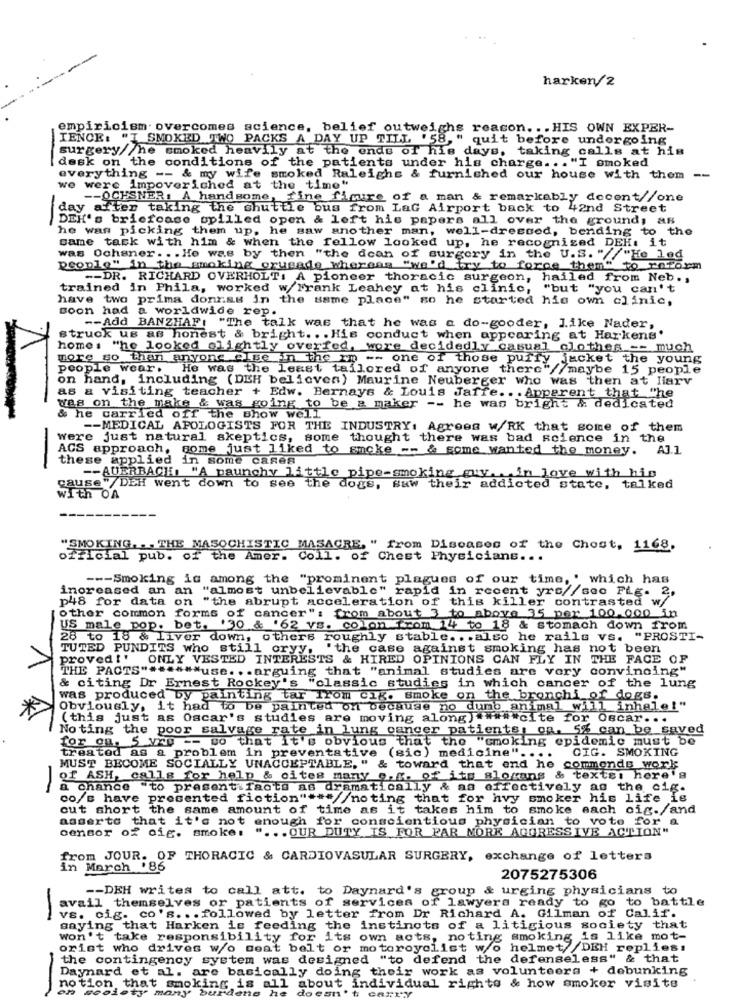
harken/2
empiricism overcomes science, belief outweighs reason ... HIS OWN EXPER-
IENCE: "I SMOKED TWO PACKS A DAY UP TILL '58, " quit before undergoing
surgery//he smoked heavily at the ends of his days, taking calls at his
.. "I smoked
desk on the conditions of the patients under his charge .. . "I
everything -- & my wife smoked Raleighs & furnished our house with them --
we were impoveriched at the time"
-- OCHSNER. A handsome, fine fimuire of a man & remarkably docent//one
day after taking the shuttle bus from LaG Airport back to 42nd Street
-
DEH's briefcase spilled open & loft his papers all over the ground, as
he was picking them up, he saw another man, well-dressed, bending to the
came task with him & when the fellow looked up, he recognized DEH: it
was Ochsner ... He was by then "the dean of surgery in the U.S. "//"He led
people" in the smoking crusade whereas "we'd try to force them" to reform
-- DR. RICHARD OVERHOLT: A pioneer thoracic surgeon, hailed from Neb .,
trained in Phila, worked w/Frank Leahey at his clinic, "but "you can't
have two prima donnas in the same place" so he started his own clinic,
Boon had a worldwide rep.
-- Add BANZHAF: "The talk was that he was a do-gooder, like Nader,
struck us as honest & bright .. . His conduct when appearing at Harkens'
home: "he looked olightly overfed, wore decidedly casual clothes -- much
more so than anyone else in the rm -- one of those puffy jacket the young
people wear. He was the least tailored of anyone there"//maybe 15 people
on hand, including (DEH believen) Maurine Neuberger who was then at Harv
as a visiting teacher + Edw. Bernays & Louis Jaffe .. . Apparent that "he
was on the make & was going to be a maker -- he was bright & dedicated
-
& he carried off the show well.
-- MEDICAL APOLOGISTS FOR THE INDUSTRY: Agrees W/RK that some of them
were just natural skeptics, some thought there was bad science in the
ACS approach, some just liked to Encke -- & some wanted the money. All
these applied in some cases
-- AUERBACH: "A paunchy little pipe-smoking guy ... in love with his
cause" DEH went down to see the dogs, saw their addicted state, talked
with OA
"SMOKING. .. THE MASOCHISTIC MASACRE, " from Diseases of the Chost, 1168.
official pub. of the Amer. Coll. of Chest Physicians ...
--- Smoking is among the "prominent plagues of our time, " which has
increased an an "almost unbelievable" rapid in recent yrs//seo FLg.
p48 for data on "the abrupt acceleration of this killer contrasted w/
other common forms of cancer": from about 3 to above 35 per 100,000 in
US male pop. bet. 130 & '62 vs. colon from 14 to 18 & Stomach down from
28 to 18 & Liver down, others roughly stable ... also he rails vs. "PROSTI-
TUTED PUNDITS who still oryy.
"the case against smoking has not been
proved!' ONLY VESTED INTERESTS & HIRED OPINIONS CAN FLY IN THE FACE OF
THE FACTS"""""""use ... arguing that "animal studies are very convincing"
& citing Dr Ernest Rockey's "classic studies in which cancer of the lung
was produced by painting tar from cik. smoke on the bronchi of dogs.
Obviously, it had to be painted on because no dumb animal will inhele!"
(this just as Oscar's studies are moving along) """"cite for Oscar ...
Noting the poor salvage rate in lung cancer patients, on. 5% can be saved
for on. 5 VAD -- so that it's obvious that the "smoking epidemic must be
CIG. SMOKING
treated as a problem in preventative (sic) medicine" ....
MUST BECOME SOCIALLY UNACCEPTABLE, " & toward that end he commende work
of ASH, calle for help & cites many e, . of its slogans & texte: here's
a chance "to present facts as dramatically & aa effectively as the cig.
co/s have presented fiction" *** //noting that for hvy smoker his life is
cut short the same amount of time as it takes him to smoke each cig./and
asserto that it's not enough for conscientious physician to vote for a
censor of cig. smoke: " ... OUR DUTY IS FOR FAR MORE AGGRESSIVE ACTION"
from JOUR. OF THORACIC & CARDIOVASULAR SURGERY, exchange of letters
in March '86
2075275306
-- DEH writes to call att. to Daynard's group & urging physicians to
avail themselves or patients of services of lawyers ready to go to battle
-
vs. cig. co's ... followed by letter from Dr Richard A. Gilman of Calif.
saying that Harken is feeding the instincts of a litigious society that
won't take responsibility for its own acts, noting smoking is like mot-
orist who drives wo seat belt or motoroyelist wo helmet DEH replies:
the contingency system was designed "to defend the defenseless" & that
Daynard et al. are basically doing their work as volunteers + debunking
notion that smoking is all about individual righto & how smoker visite
deno